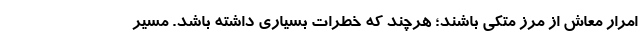
امرار معاش از مرز متکی باشند؛ هرچند که خطرات بسیاری داشته باشد. مسیر